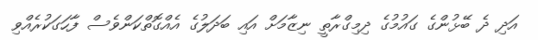
އަދި ދެ ބޭޅުންގެ ގައުމުގެ ދިމިގްރާތީ ނިޒާމަށް އައި ބަދަލުގެ އެއްގޮތްކަންވެސް ފާހަގަކުރެއްވި